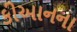
કીઆનના